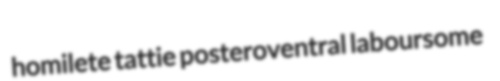
homilete tattie posteroventral laboursome